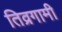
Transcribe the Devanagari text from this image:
तिव्रगामी